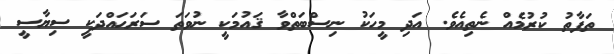
ތަފާތު ކުރުމެއް ނެތިއެވެ. އަދި މީހަކު ނިސްބަތްވާ ޤައުމަކީ ނުވަތަ ސަރަޙައްދަކީ ސިޔާސީ